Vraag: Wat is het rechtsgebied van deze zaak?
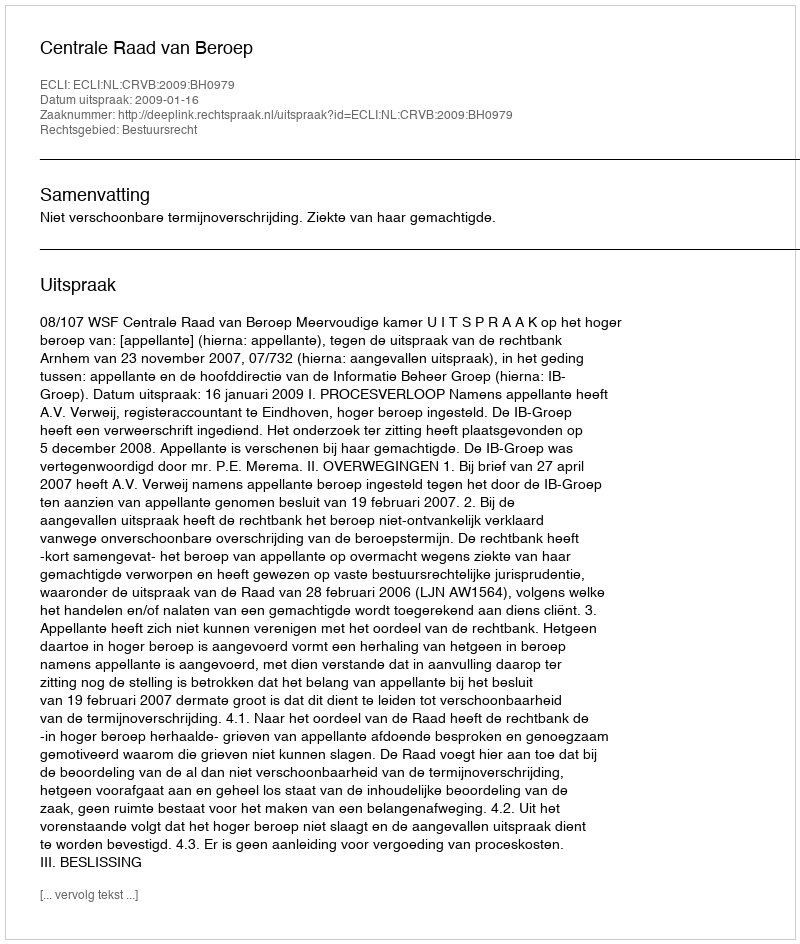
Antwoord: Bestuursrecht